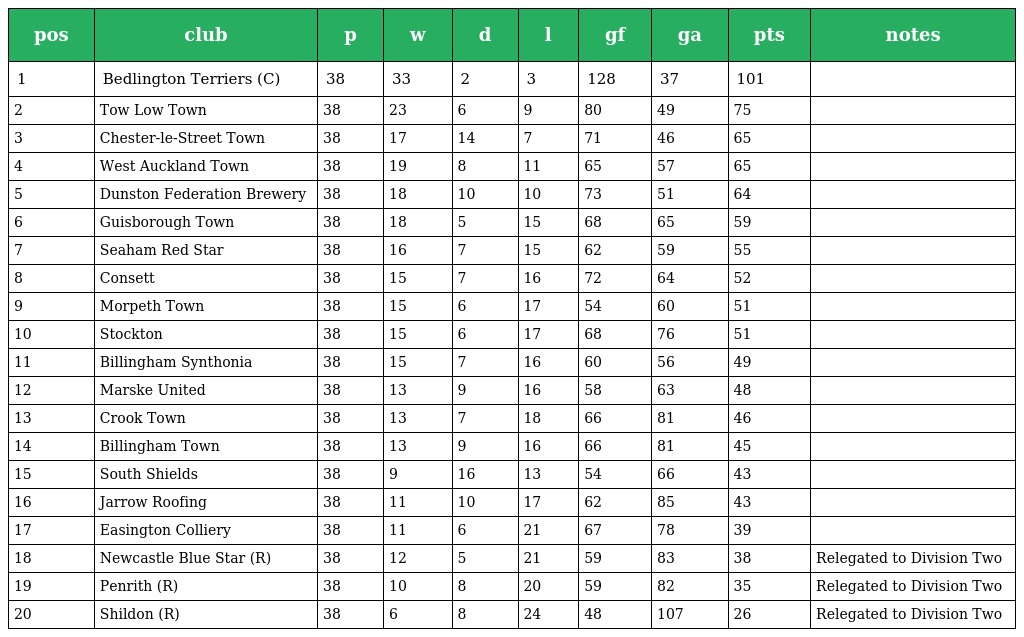
| pos | club | p | w | d | l | gf | ga | pts | notes |
 | --- | --- | --- | --- | --- | --- | --- | --- | --- | --- |
 | 1 | Bedlington Terriers (C) | 38 | 33 | 2 | 3 | 128 | 37 | 101 |  |
 | 2 | Tow Low Town | 38 | 23 | 6 | 9 | 80 | 49 | 75 |  |
 | 3 | Chester-le-Street Town | 38 | 17 | 14 | 7 | 71 | 46 | 65 |  |
 | 4 | West Auckland Town | 38 | 19 | 8 | 11 | 65 | 57 | 65 |  |
 | 5 | Dunston Federation Brewery | 38 | 18 | 10 | 10 | 73 | 51 | 64 |  |
 | 6 | Guisborough Town | 38 | 18 | 5 | 15 | 68 | 65 | 59 |  |
 | 7 | Seaham Red Star | 38 | 16 | 7 | 15 | 62 | 59 | 55 |  |
 | 8 | Consett | 38 | 15 | 7 | 16 | 72 | 64 | 52 |  |
 | 9 | Morpeth Town | 38 | 15 | 6 | 17 | 54 | 60 | 51 |  |
 | 10 | Stockton | 38 | 15 | 6 | 17 | 68 | 76 | 51 |  |
 | 11 | Billingham Synthonia | 38 | 15 | 7 | 16 | 60 | 56 | 49 |  |
 | 12 | Marske United | 38 | 13 | 9 | 16 | 58 | 63 | 48 |  |
 | 13 | Crook Town | 38 | 13 | 7 | 18 | 66 | 81 | 46 |  |
 | 14 | Billingham Town | 38 | 13 | 9 | 16 | 66 | 81 | 45 |  |
 | 15 | South Shields | 38 | 9 | 16 | 13 | 54 | 66 | 43 |  |
 | 16 | Jarrow Roofing | 38 | 11 | 10 | 17 | 62 | 85 | 43 |  |
 | 17 | Easington Colliery | 38 | 11 | 6 | 21 | 67 | 78 | 39 |  |
 | 18 | Newcastle Blue Star (R) | 38 | 12 | 5 | 21 | 59 | 83 | 38 | Relegated to Division Two |
 | 19 | Penrith (R) | 38 | 10 | 8 | 20 | 59 | 82 | 35 | Relegated to Division Two |
 | 20 | Shildon (R) | 38 | 6 | 8 | 24 | 48 | 107 | 26 | Relegated to Division Two |